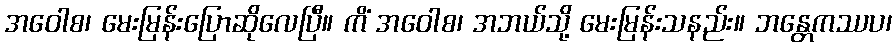
အဝေါစ၊ မေးမြန်းပြောဆိုလေပြီ။ ကိံ အဝေါစ၊ အဘယ်သို့ မေးမြန်းသနည်း။ ဘန္တေကဿပ၊